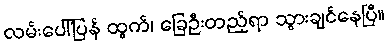
လမ်းပေါ်ပြန် ထွက်၊ ခြေဦးတည့်ရာ သွားချင်နေပြီ။